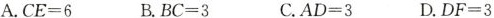
A.$$C E = 6$$ B.$$B C = 3$$ C.$$A D = 3$$ D.$$D F = 3$$